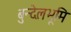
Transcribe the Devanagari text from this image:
बुन्देलभूमि